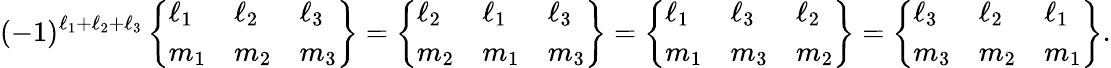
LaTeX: (-1)^{\ell_{1}+\ell_{2}+\ell_{3}}\left\{ \begin{array}{lll}{\ell_{1}}&{\ell_{2}}&{\ell_{3}}\\ {m_{1}}&{m_{2}}&{m_{3}}\end{array}\right\} =\left\{ \begin{array}{lll}{\ell_{2}}&{\ell_{1}}&{\ell_{3}}\\ {m_{2}}&{m_{1}}&{m_{3}}\end{array}\right\} =\left\{ \begin{array}{lll}{\ell_{1}}&{\ell_{3}}&{\ell_{2}}\\ {m_{1}}&{m_{3}}&{m_{2}}\end{array}\right\} =\left\{ \begin{array}{lll}{\ell_{3}}&{\ell_{2}}&{\ell_{1}}\\ {m_{3}}&{m_{2}}&{m_{1}}\end{array}\right\} .